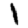
Digit: 1